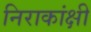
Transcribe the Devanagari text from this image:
निराकांक्षी